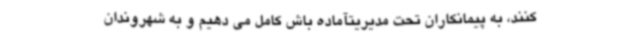
کنند، به پیمانکاران تحت مدیریتآماده باش کامل می دهیم و به شهروندان